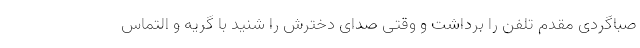
صباگردی مقدم تلفن را برداشت و وقتی صدای دخترش را شنید با گریه و التماس